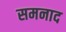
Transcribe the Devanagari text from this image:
समनाद